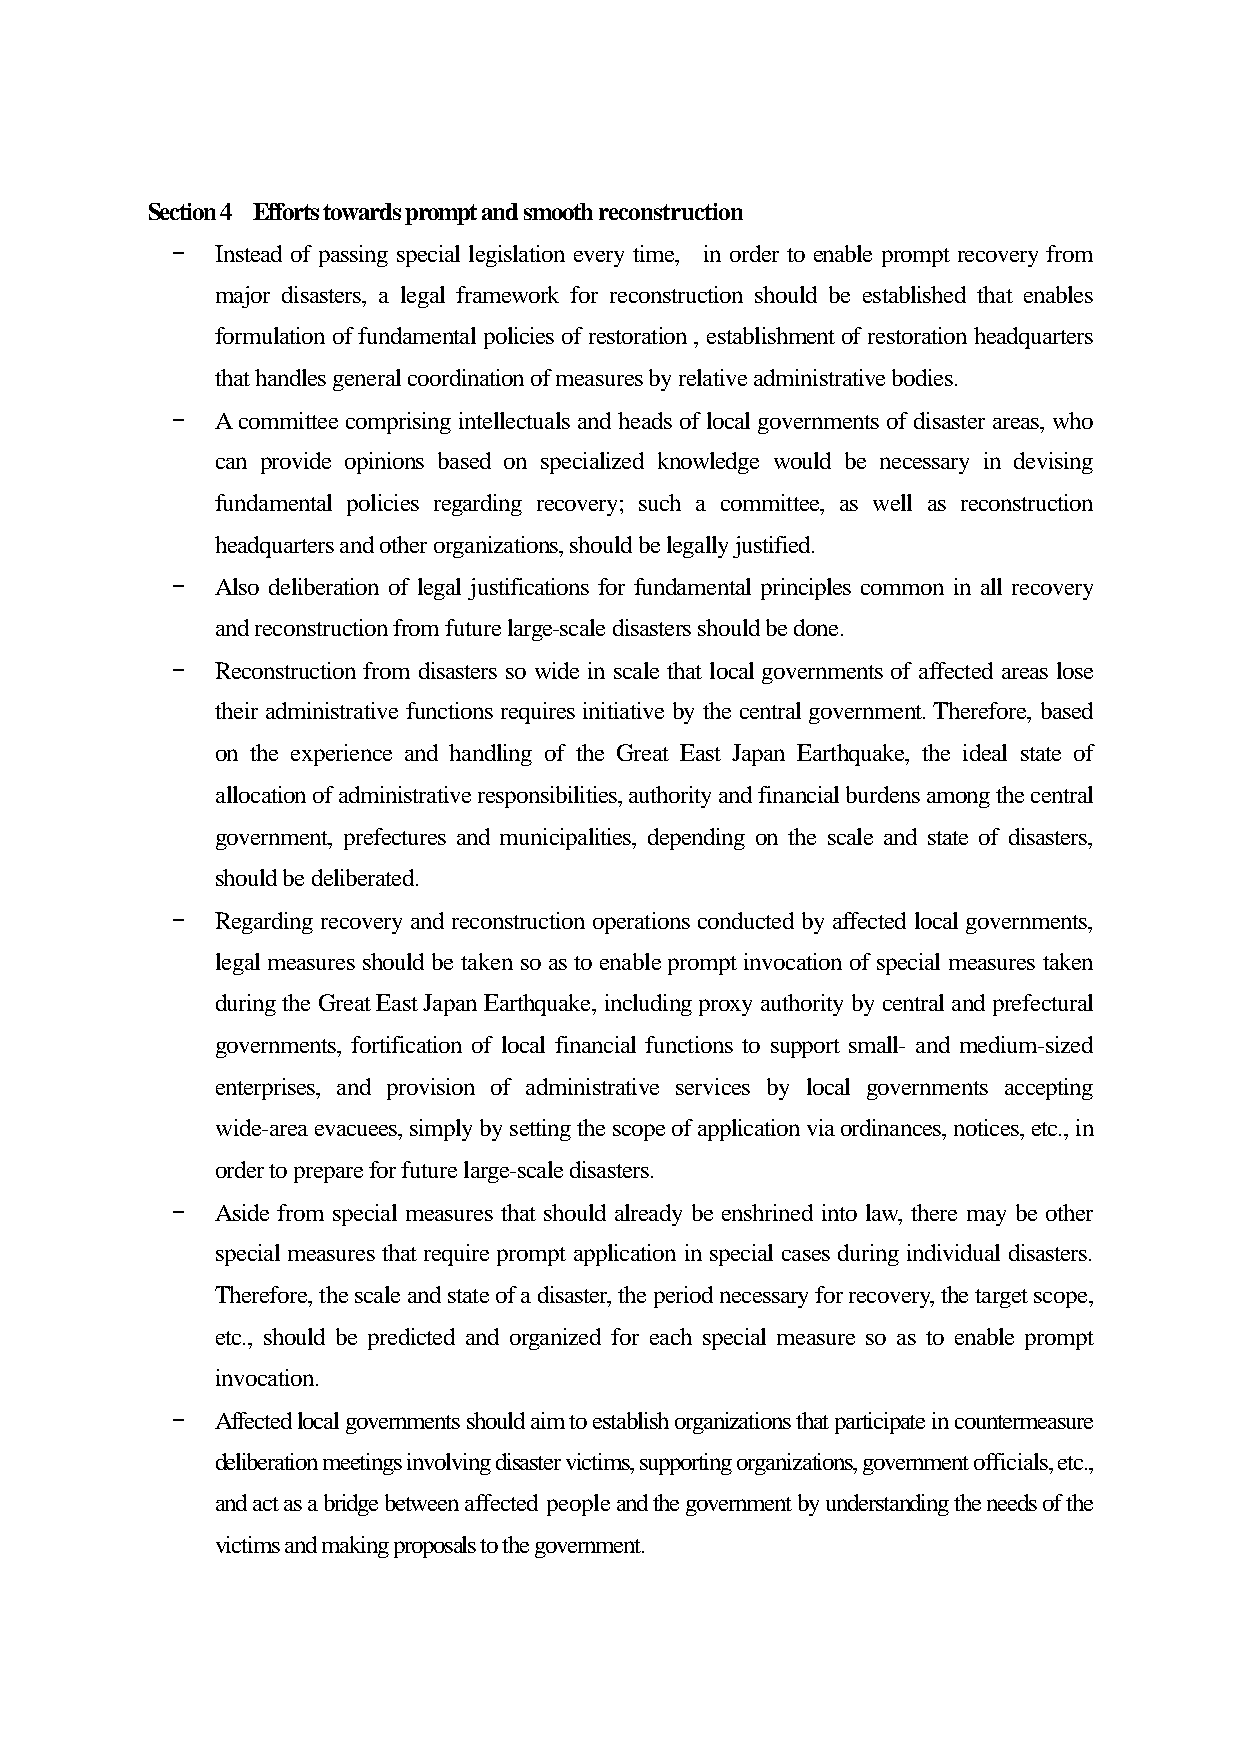
Section 4 Efforts towards prompt and smooth reconstruction
 -  Instead of passing special legislation every time, in order to enable prompt recovery from
 major disasters, a legal framework for reconstruction should be established that enables
 formulation of fundamental policies of restoration , establishment of restoration headquarters
 that handles general coordination of measures by relative administrative bodies.
 -  A committee comprising intellectuals and heads of local governments of disaster areas, who
 can provide opinions based on specialized knowledge would be necessary in devising
 fundamental policies regarding recovery; such a committee, as well as reconstruction
 headquarters and other organizations, should be legally justified.
 -  Also deliberation of legal justifications for fundamental principles common in all recovery
 and reconstruction from future large-scale disasters should be done.
 -  Reconstruction from disasters so wide in scale that local governments of affected areas lose
 their administrative functions requires initiative by the central government. Therefore, based
 on the experience and handling of the Great East Japan Earthquake, the ideal state of
 allocation of administrative responsibilities, authority and financial burdens among the central
 government, prefectures and municipalities, depending on the scale and state of disasters,
 should be deliberated.
 -  Regarding recovery and reconstruction operations conducted by affected local governments,
 legal measures should be taken so as to enable prompt invocation of special measures taken
 during the Great East Japan Earthquake, including proxy authority by central and prefectural
 governments, fortification of local financial functions to support small- and medium-sized
 enterprises, and provision of administrative services by local governments accepting
 wide-area evacuees, simply by setting the scope of application via ordinances, notices, etc., in
 order to prepare for future large-scale disasters.
 -  Aside from special measures that should already be enshrined into law, there may be other
 special measures that require prompt application in special cases during individual disasters.
 Therefore, the scale and state of a disaster, the period necessary for recovery, the target scope,
 etc., should be predicted and organized for each special measure so as to enable prompt
 invocation.
 -  Affected local governments should aim to establish organizations that participate in countermeasure
 deliberation meetings involving disaster victims, supporting organizations, government officials, etc.,
 and act as a bridge between affected people and the government by understanding the needs of the
 victims and making proposals to the government.